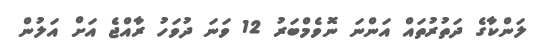
ލަންކާގެ ދަތުރުތައް އަންނަ ނޮވެމްބަރު 12 ވަނަ ދުވަހު ރާއްޖެ އަށް އަލުން